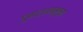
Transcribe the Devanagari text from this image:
गुणर्धममूलक